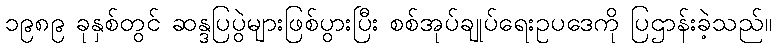
၁၉၈၉ ခုနှစ်တွင် ဆန္ဒပြပွဲများဖြစ်ပွားပြီး စစ်အုပ်ချုပ်ရေးဥပဒေကို ပြဌာန်းခဲ့သည်။